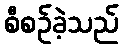
စီစဉ်ခဲ့သည်